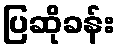
ပြဆိုခန်း